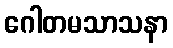
ဂေါတမသာသနာ